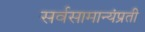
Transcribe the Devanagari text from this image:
सर्वसामान्यंप्रती